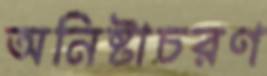
অনিষ্টাচরণ